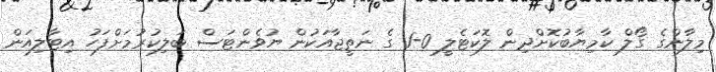
މިލާންގެ ގޯލް ކާމިޔާބުކޮށްދިން ލޮކަޓެލީ 0-1 ގެ ނަތީޖާއަކުން ޔުވެންޓަސް ބަލިކުރުމަށްފަހު އިޓާލިއަން